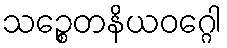
သဉ္စေတနိယဝဂ္ဂေါ